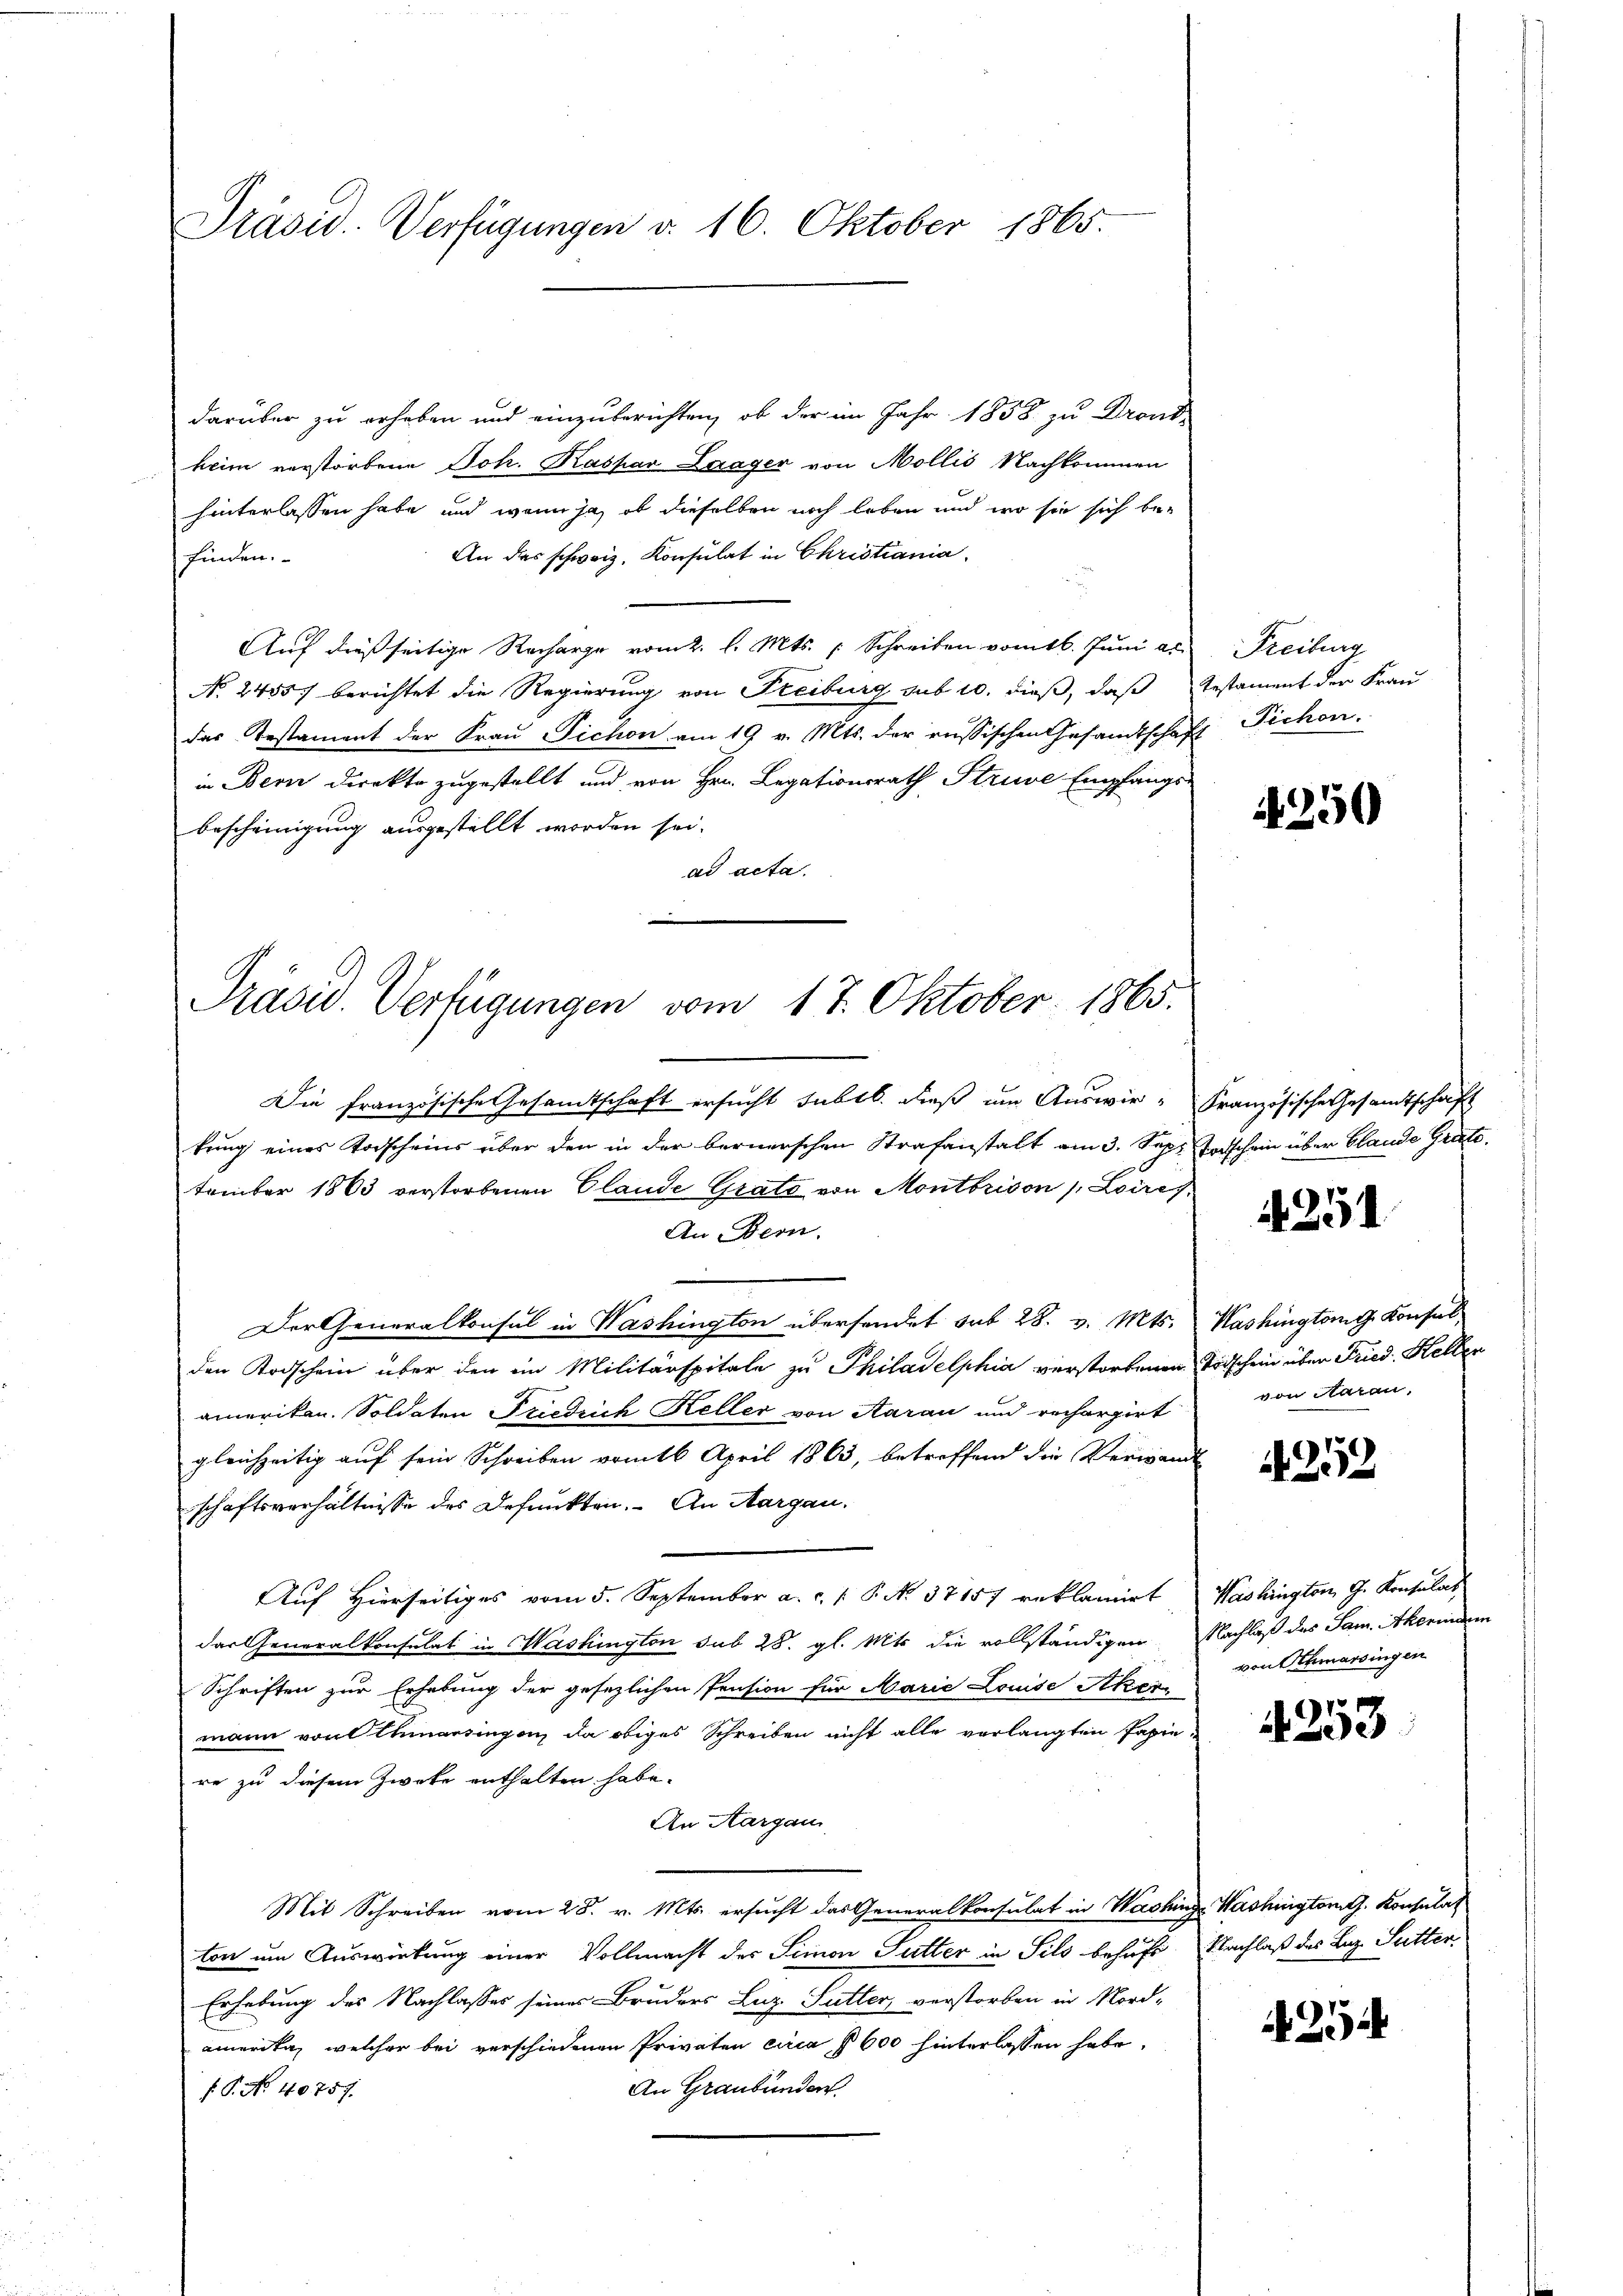
Präsid. Verfügungen d. 16. Oktober 1865.

darüber zu erheben und einzuberichten, ob der im Jahr 1858 zu Dront
heim verstorbene Joh. Kaspar Laager von Mollis Nachkommen
hinterlassen habe und wenn ja, ob dieselben noch leben und wo sie sich be-
An das schweiz. Konsulat in Christiania.
finden.
Auf dießseitige Recharge vom 2. l. Mts. Schreiben vom 16. Juni a.
No 24557 berichtet die Regierung von Freiburg sub 10. dieß, daß Testament der Frau
das Testament der Frau Pichon am 19 v. Mts. der russischen Gesandtschaft Fichen.
in Bern Direkto zugestellt und von Hrn. Legationsrath Struve Empfangs-
bescheinigung ausgestellt worden sei.
ad acta.

Präsid. Verfügungen vom 17. Oktober 1865.

Die französische Gesandtschaft ersucht subtb. dieß um Auswir- Französische Gesamtschaft
kung eines Vorscheins über den in der bernerschen Strafanstalt am 3. Sept. Taschein über blande Grüte.
tember 1863 verstorbenen Claude Grats von Montbrison (Loires
An Bern.
Der Generalkonsul in Washington übersendet sub 28. v. Mts. Washingtong Konsulden Todschein über den im Militärspitale zu Philadelphia verstorbenen Todschein über Fried. Heller
amerikan. Soldaten Friedrich Keller von Aarau und rechargirt
gleichzeitig auf sein Schreiben vom 16. April 1863, betreffend die Verwand
schaftsverhältnisse des Defunkten. An Aargau.
Auf Hierseitiges vom 5. September a. c. 1. P. No. 37157 reklamirt, Washington G. Konsulat
das Generalkonsulat in Washington sub 28. gl. Mts. die vollständigen Nachlaß des Jam. Akerindem
Schriften zur Erhebung der gesezlichen Pension für Marie Louise Aker
mann von Ehmarsingen, da obiges Schreiben nicht alle verlangten Papiere zu diesem Zweke enthalten habe.
An Aargau
Mit Schreiben vom 28. v. Mts. ersucht das Generalkonsulat in Washinge Washington. Konsulat
ton um Auswirkung einer Vollmacht des Simon Sutter in Sils behufs Nachlaß des Laz. Sutter
Erhebung des Nachlasses seines Bruders Luz Sutter, verstorben in Nord-
amerika, welcher bei verschiedenen Privaten circa § 600 hinterlassen habe.
An Graubünden
f P. Nr. 40757.

Freiburg

4250

4251

von Aarau,

4252

von Schmarsingen

4253

254